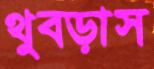
থুব্‌ড়াস